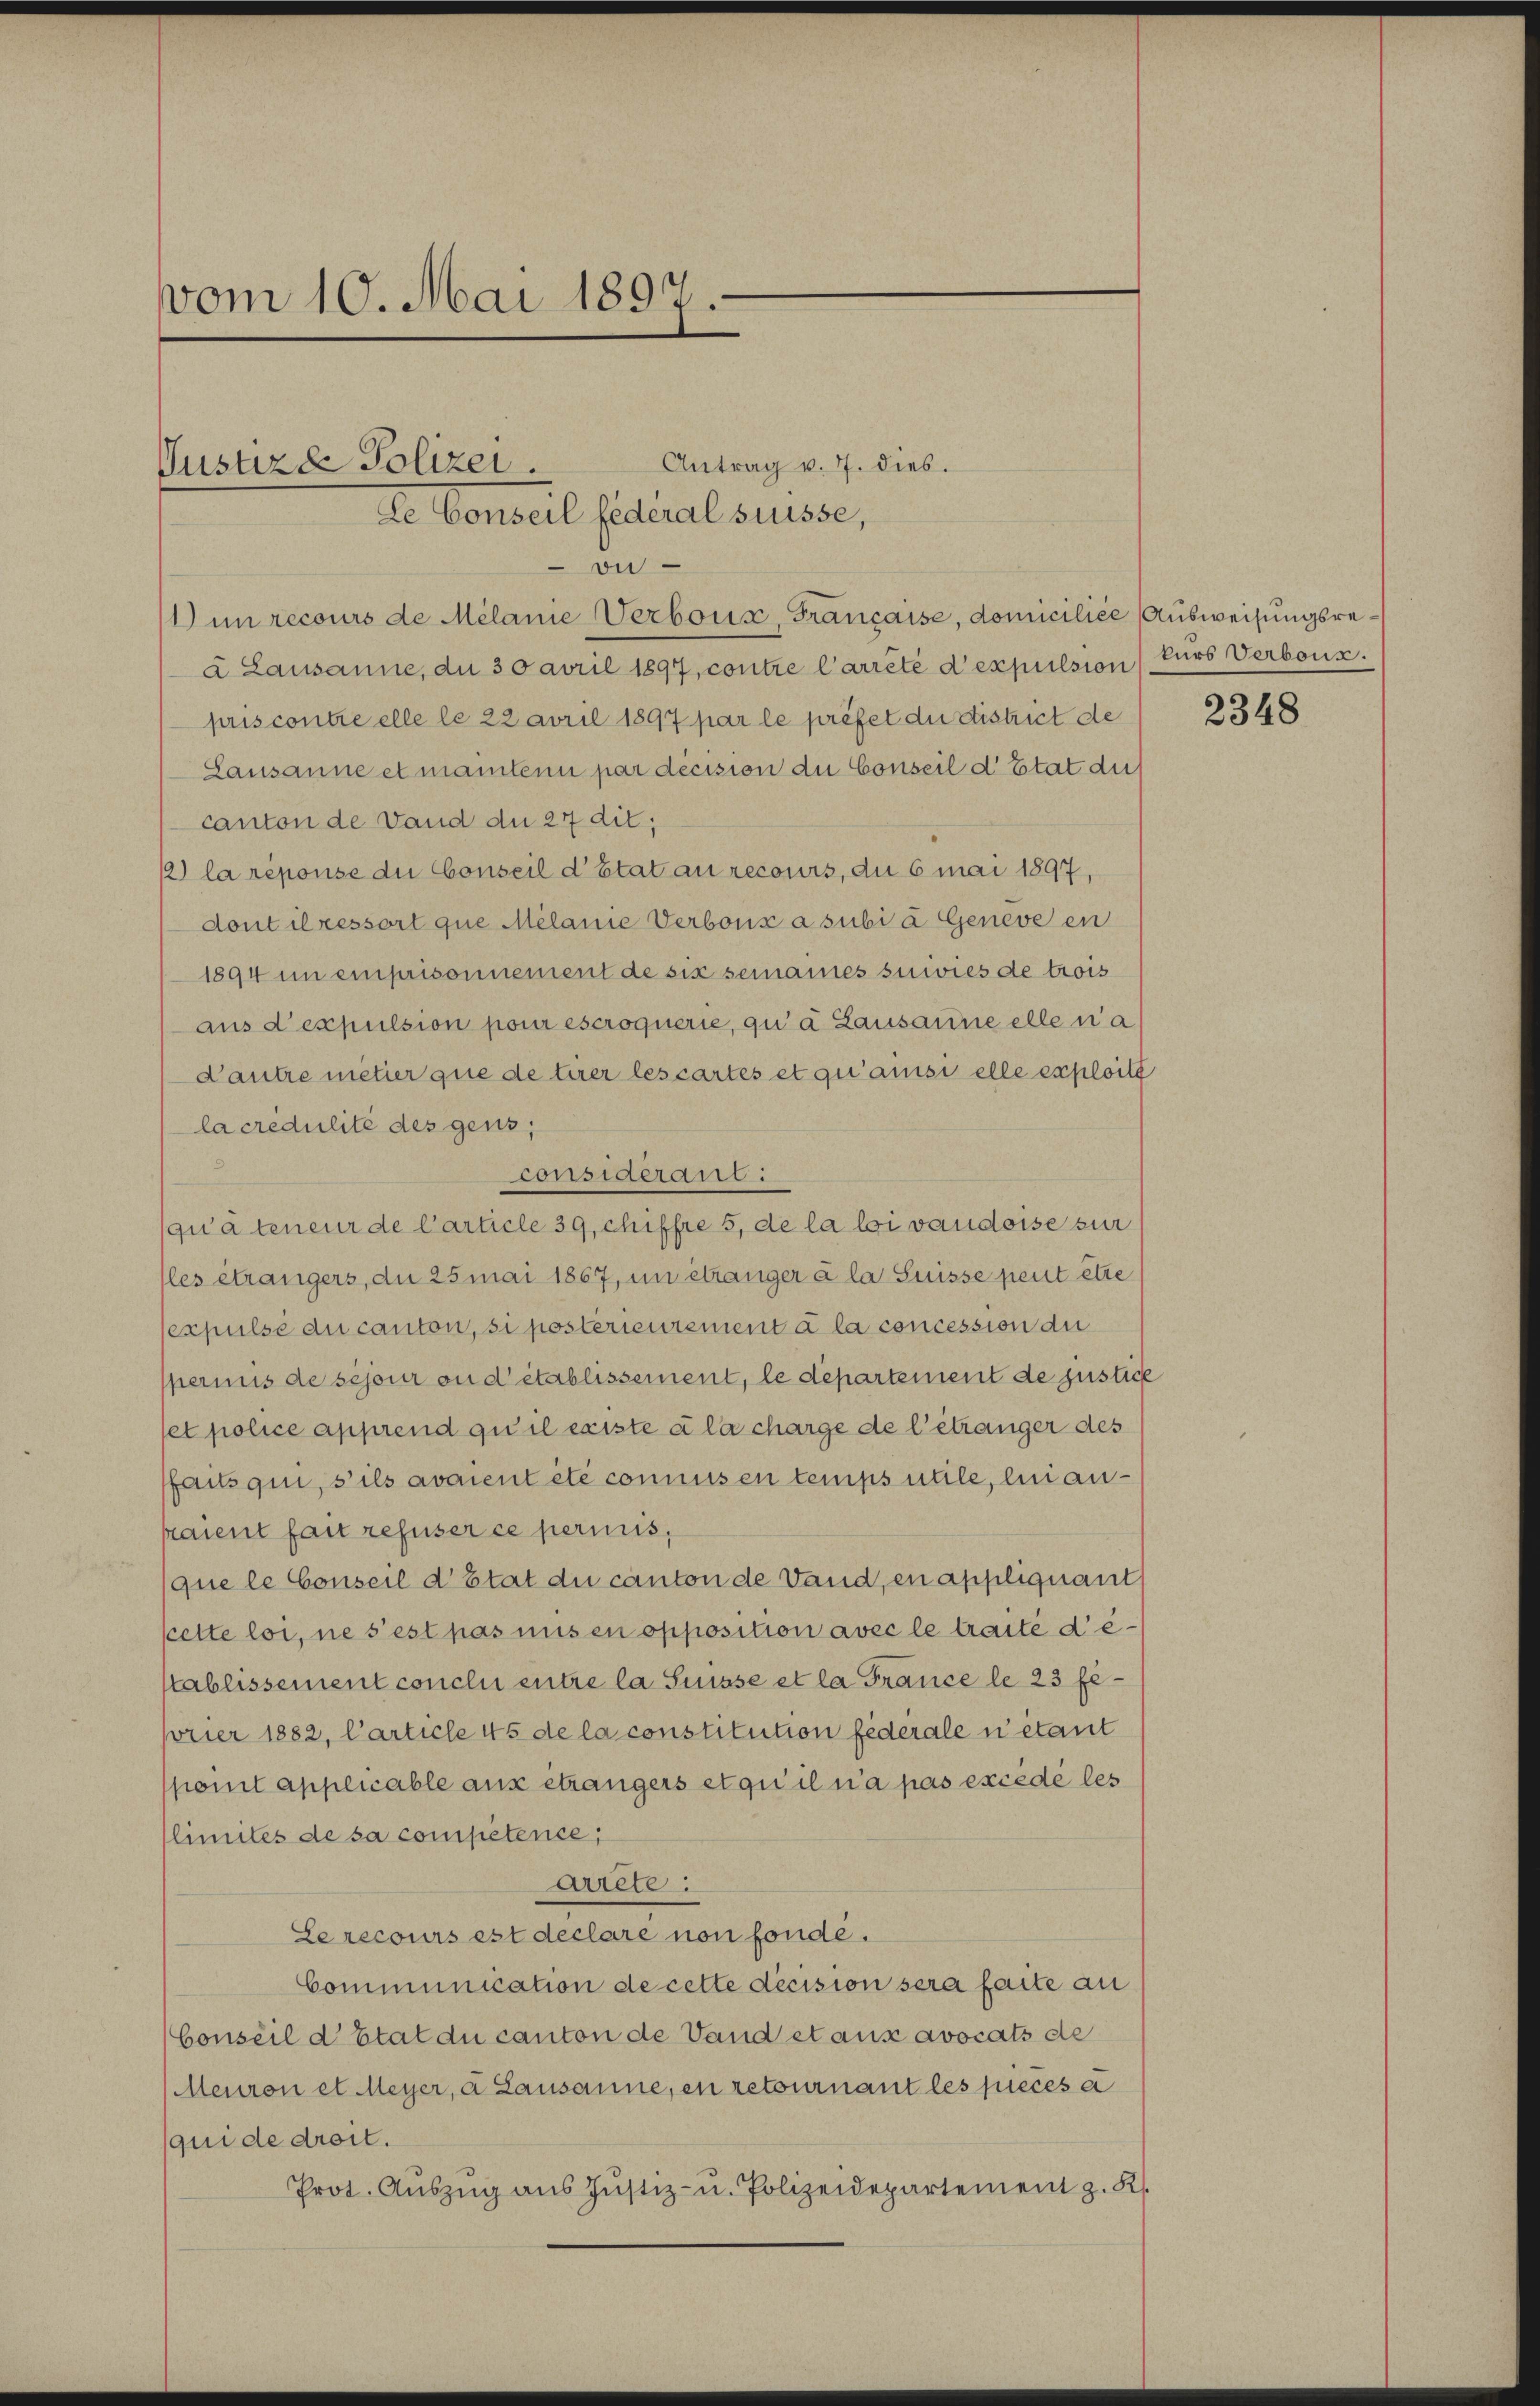
vom 10. Mai 1897.

Vustizd Polizei.
de Conseil federal suisse,

on
1) in recours de Melanie Verbous Française, domiciliée Ausweisungsreà Lausanne, du 30 avril 1897, contre l’arrêté d’expulsion fürs Verboux.
pris contre elle le 22 avril 1897 par le préfet du district de
Lausanne et mantenu par decision du Conseil d’Etat du
canton de Vand du 27 dil;
2) la réponse du Conseil d’Etat au recours, du 6 mai 1897,
dont il ressort que Melanie Verbons a subi à Geneve en
1894 in emprisonnement de six seinames suivies de trois
aus d’expulsion pour éscroquerie, qua Lausanne elle na
Cautre metier que de tirer les cartes et qu’amisi elle exploita
la credulité des gens,
Consigerant:
qu’à teneur de Carticle 39, chiffre 5, de la loi vaudoise zur
les étrangers, du 25 mai 1867, in etzanger à la Suisse peut être
expulse du canton, si posterieurement à la concession du
sperinis de séjour ou d’établissement, le departement de justich
et police apprend qu il existe à la charge de l’étranger des
faits qui, s’ils avaient été connus en temps utile, lui ankaient fait refuser ce perinis,
que le Conseil d’Etat du canton de Vaud, en appliquant
scette loi, ne s’est pas uns en opposition avec le traite dektablissement conclu entre la Suisse et la France le 23 feporier 1882, Carticle 45 de la constitution federalen étant
pomit applicable aus etrangers et qu’il n’a pas excédé les
limites de sa competence,
arrete:
Le recours est declare non fonde.
Communication de cette decision sera faite au
Conseil d’Etat du canton de Vand et aus avocats de
Meuron et Meyer, a Lausanne, en retournant les pieces a
quide droit.
Prot. Aŭszŭg aŭs Jŭstiz- u. Polizeidepartement z. K.

Antrag v. 7. dies.

2348